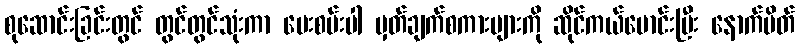
စုဆောင်းခြင်းတွင် တွင်တွင်သုံးကာ ပေးစမ်းပါ မှတ်ချက်စကားများကို ဆိုင်ကယ်မောင်းပြီး နောက်ပိတ်